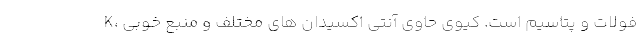
K، فولات و پتاسیم است. کیوی حاوی آنتی اکسیدان های مختلف و منبع خوبی